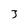
Character: 3